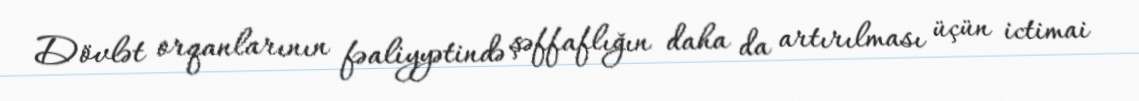
Dövlət orqanlarının fəaliyyətində şəffaflığın daha da artırılması üçün ictimai